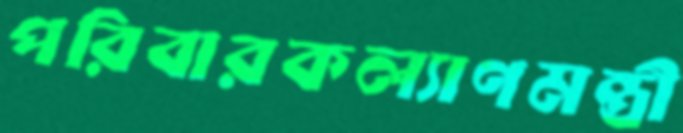
পরিবারকল্যাণমন্ত্রী